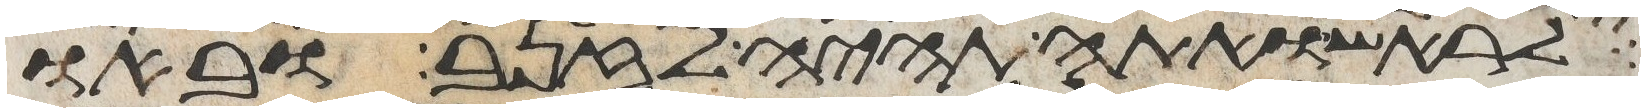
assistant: לראש ואתה תהיה לזנב ובאו